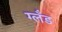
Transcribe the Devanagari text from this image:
ग्लँड